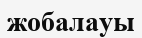
жобалауы